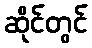
ဆိုင်တွင်